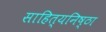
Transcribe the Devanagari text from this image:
साहित्यनिष्ठा